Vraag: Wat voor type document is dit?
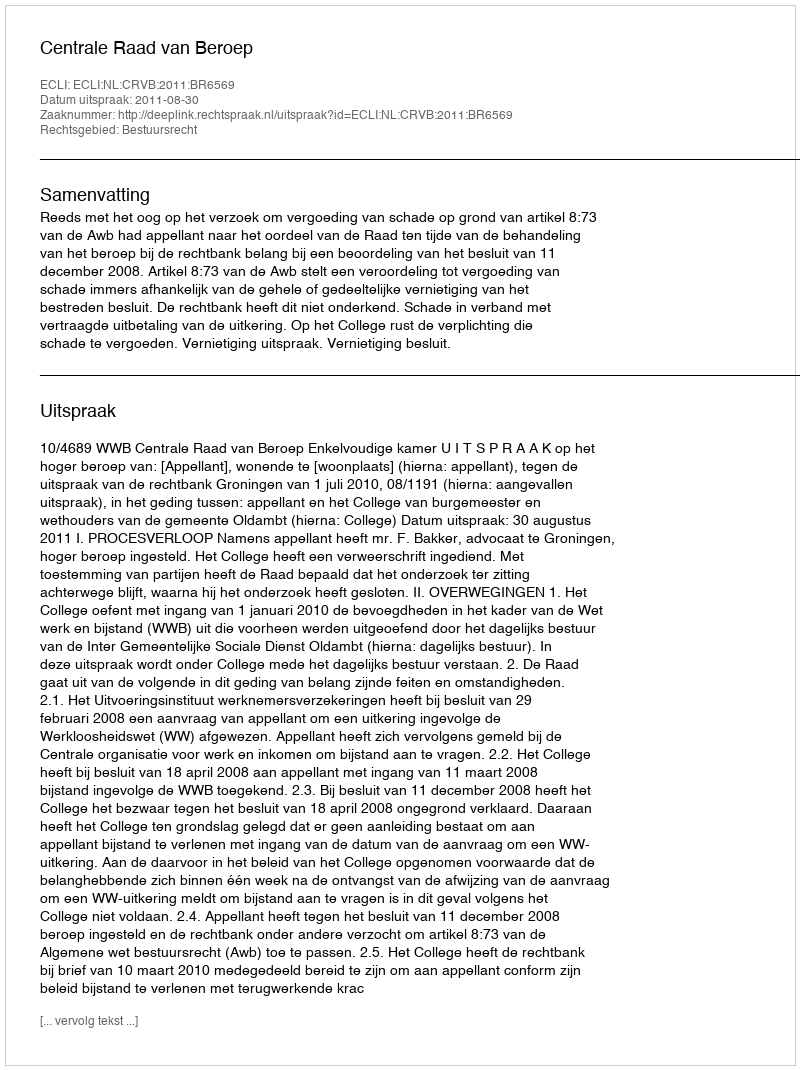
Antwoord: Uitspraak